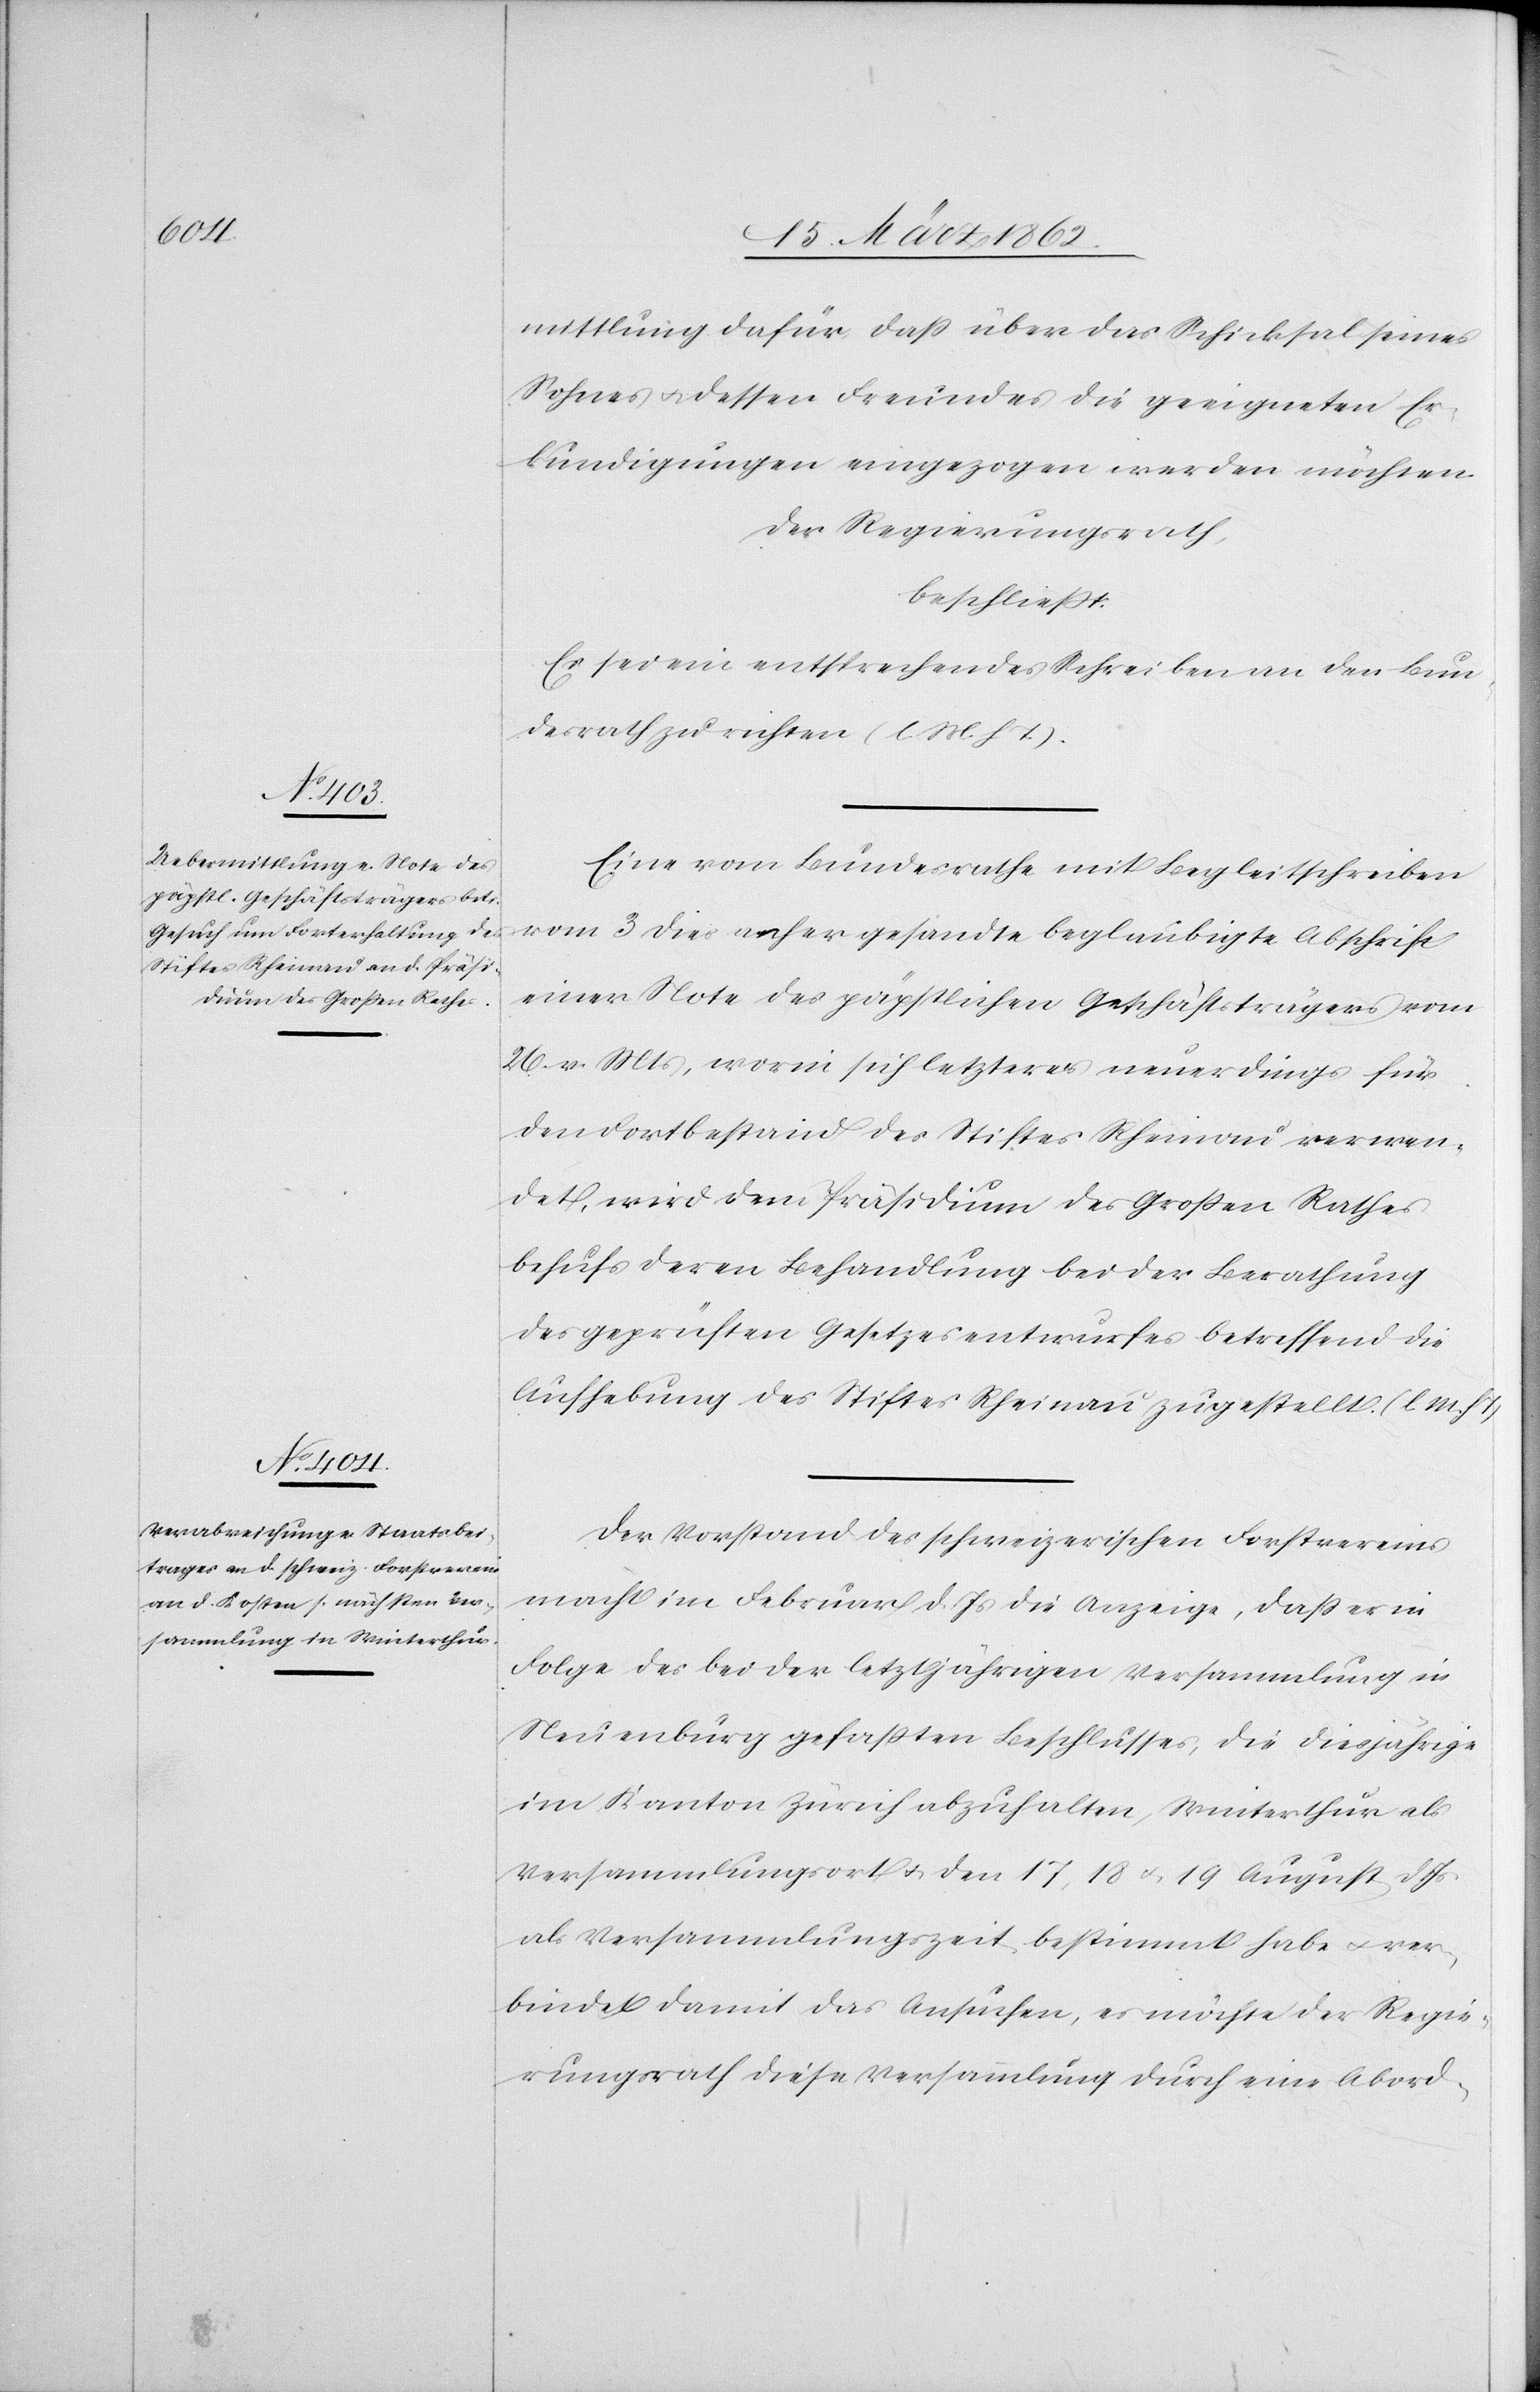
mittlung dafür, daß über das Schicksal seines
Sohnes u. dessen Freundes die geeigneten Er¬
kundigungen eingezogen werden möchten.
Der Regierungsrath,
beschließt:
Es sei ein entsprechendes Schreiben an den Bun¬
desrath zu richten (l. M. h. T.).
Eine vom Bundesrathe mit Begleitschreiben
vom 3 dies anher gesandte beglaubigte Abschrift
einer Note des päpstlichen Geschäftsträgers vom
26. v. Mts, worin sich letzterer neuerdings für
den Fortbestand des Stiftes Rheinau verwen¬
det, wird dem Präsidium des Großen Rathes
behufs deren Behandlung bei der Berathung
des geprüften Gesetzesentwurfes betreffend die
Aufhebung des Stiftes Rheinau zugestellt. (l. M. h. T.)
Der Vorstand des schweizerischen Forstvereins
macht im Februar d. Js die Anzeige, daß er in
Folge des bei der letztjährigen Versammlung in
Neuenburg gefaßten Beschlusses, die diesjährige
im Kanton Zürich abzuhalten, Winterthur als
Versammlungsort u. den 17, 18 u. 19 August d. Js
als Versammlungszeit bestimmt habe u. ver¬
bindet damit das Ansuchen, es möchte der Regie¬
rungsrath diese Versammlung durch eine Abord-